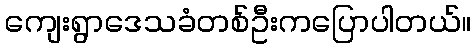
ကျေးရွာဒေသခံတစ်ဦးကပြောပါတယ်။